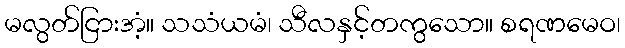
မလွတ်ငြားအံ့။ သသံယမံ၊ သီလနှင့်တကွသော။ စရဏမေဝ၊